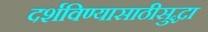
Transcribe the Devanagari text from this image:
दर्शविण्यासाठीसुद्धा